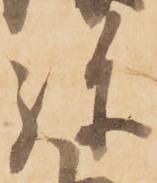
弥